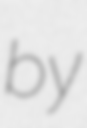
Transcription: by